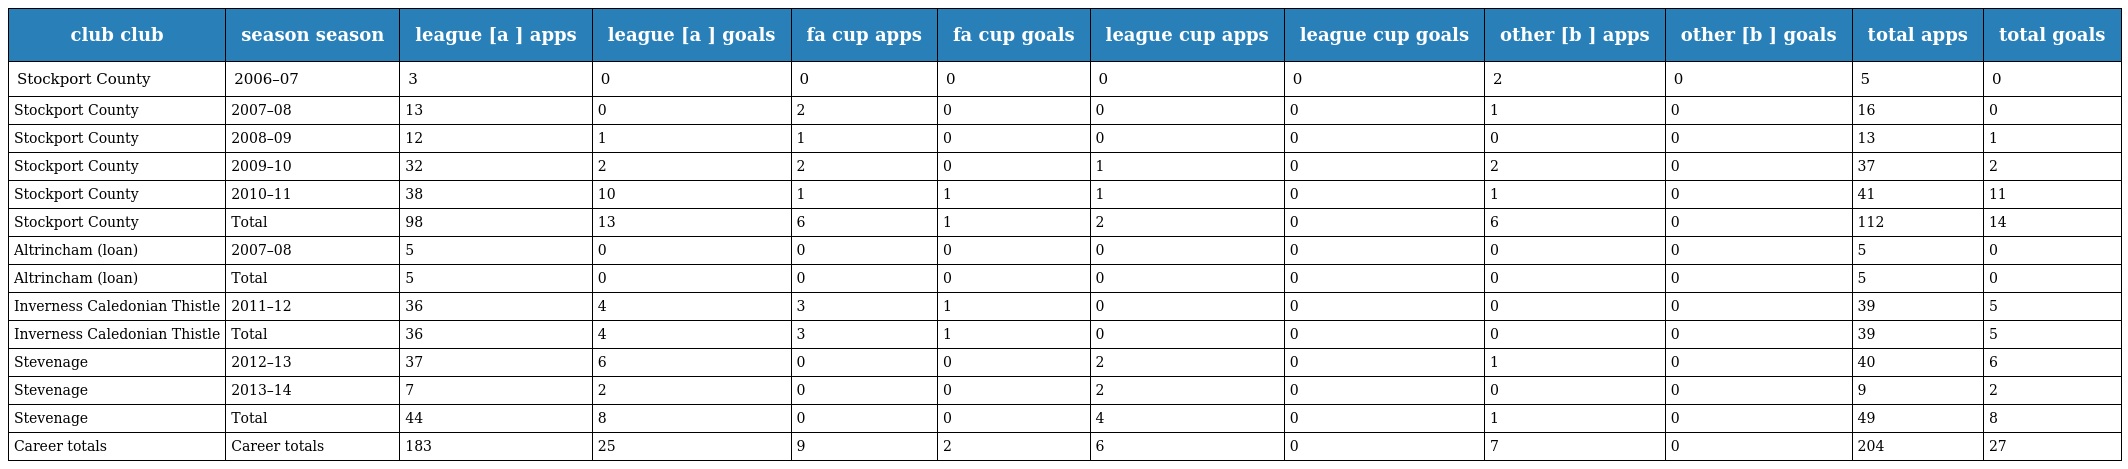
| club club | season season | league [a ] apps | league [a ] goals | fa cup apps | fa cup goals | league cup apps | league cup goals | other [b ] apps | other [b ] goals | total apps | total goals |
 | --- | --- | --- | --- | --- | --- | --- | --- | --- | --- | --- | --- |
 | Stockport County | 2006–07 | 3 | 0 | 0 | 0 | 0 | 0 | 2 | 0 | 5 | 0 |
 | Stockport County | 2007–08 | 13 | 0 | 2 | 0 | 0 | 0 | 1 | 0 | 16 | 0 |
 | Stockport County | 2008–09 | 12 | 1 | 1 | 0 | 0 | 0 | 0 | 0 | 13 | 1 |
 | Stockport County | 2009–10 | 32 | 2 | 2 | 0 | 1 | 0 | 2 | 0 | 37 | 2 |
 | Stockport County | 2010–11 | 38 | 10 | 1 | 1 | 1 | 0 | 1 | 0 | 41 | 11 |
 | Stockport County | Total | 98 | 13 | 6 | 1 | 2 | 0 | 6 | 0 | 112 | 14 |
 | Altrincham (loan) | 2007–08 | 5 | 0 | 0 | 0 | 0 | 0 | 0 | 0 | 5 | 0 |
 | Altrincham (loan) | Total | 5 | 0 | 0 | 0 | 0 | 0 | 0 | 0 | 5 | 0 |
 | Inverness Caledonian Thistle | 2011–12 | 36 | 4 | 3 | 1 | 0 | 0 | 0 | 0 | 39 | 5 |
 | Inverness Caledonian Thistle | Total | 36 | 4 | 3 | 1 | 0 | 0 | 0 | 0 | 39 | 5 |
 | Stevenage | 2012–13 | 37 | 6 | 0 | 0 | 2 | 0 | 1 | 0 | 40 | 6 |
 | Stevenage | 2013–14 | 7 | 2 | 0 | 0 | 2 | 0 | 0 | 0 | 9 | 2 |
 | Stevenage | Total | 44 | 8 | 0 | 0 | 4 | 0 | 1 | 0 | 49 | 8 |
 | Career totals | Career totals | 183 | 25 | 9 | 2 | 6 | 0 | 7 | 0 | 204 | 27 |